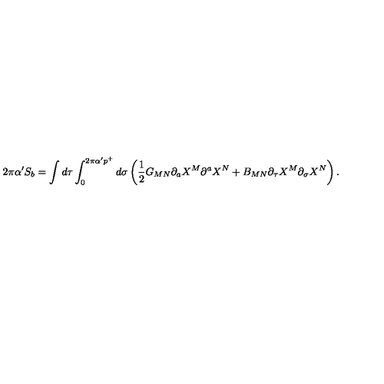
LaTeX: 2 \pi \alpha ^ { \prime } S _ { b } = \int d \tau \int _ { 0 } ^ { 2 \pi \alpha ^ { \prime } p ^ { + } } d \sigma \left( { \frac { 1 } { 2 } } G _ { M N } \partial _ { a } X ^ { M } \partial ^ { a } X ^ { N } + B _ { M N } \partial _ { \tau } X ^ { M } \partial _ { \sigma } X ^ { N } \right) .